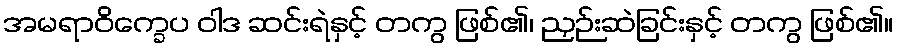
အမရာဝိက္ခေပ ဝါဒ ဆင်းရဲနှင့် တကွ ဖြစ်၏၊ ညှဉ်းဆဲခြင်းနှင့် တကွ ဖြစ်၏။